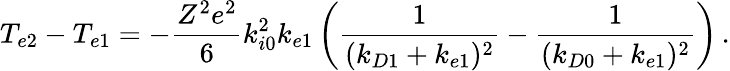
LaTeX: T_{e2}-T_{e1}=-\frac{Z^{2}e^{2}}{6}k_{i0}^{2}k_{e1}\left(\frac{1}{(k_{D1}+k_{e1})^{2}}-\frac{1}{(k_{D0}+k_{e1})^{2}}\right)\, .